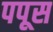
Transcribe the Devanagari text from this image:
पपूस